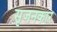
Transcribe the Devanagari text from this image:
सृजनकार